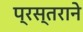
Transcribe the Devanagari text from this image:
प्रस्तराने